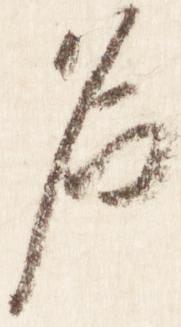
名